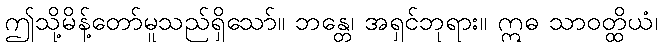
ဤသို့မိန့်တော်မူသည်ရှိသော်။ ဘန္တေ၊ အရှင်ဘုရား။ ဣဓ သာဝတ္ထိယံ၊